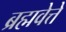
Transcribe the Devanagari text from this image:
ब्रह्मवेत्ते